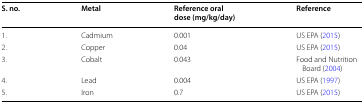
<table><thead><tr><td><b>S. no.</b></td><td><b>Metal</b></td><td><b>Reference oral dose (mg/kg/day)</b></td><td><b>Reference</b></td></tr></thead><tbody><tr><td>1.</td><td>Cadmium</td><td>0.001</td><td>US EPA (2015)</td></tr><tr><td>2.</td><td>Copper</td><td>0.04</td><td>US EPA (2015)</td></tr><tr><td>3.</td><td>Cobalt</td><td>0.043</td><td>Food and Nutrition Board (2004)</td></tr><tr><td>4.</td><td>Lead</td><td>0.004</td><td>US EPA (1997)</td></tr><tr><td>5.</td><td>Iron</td><td>0.7</td><td>US EPA (2015)</td></tr></tbody></table>